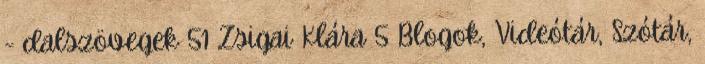
- dalszövegek 51 Zsigai Klára 5 Blogok, Videótár, Szótár,